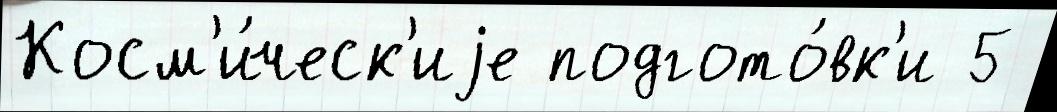
Косм'и́ческ'иjе подгото́вк'и 5